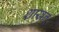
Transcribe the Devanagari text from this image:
शाखन